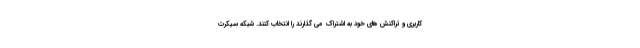
کاربری و تراکنش های خود به اشتراک می گذارند را انتخاب کنند. شبکه سیکرت